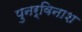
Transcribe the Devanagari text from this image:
पुनर्विनाश